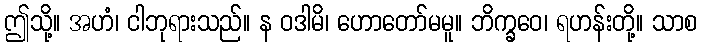
ဤသို့။ အဟံ၊ ငါဘုရားသည်။ န ဝဒါမိ၊ ဟောတော်မမူ။ ဘိက္ခဝေ၊ ရဟန်းတို့။ သာစ